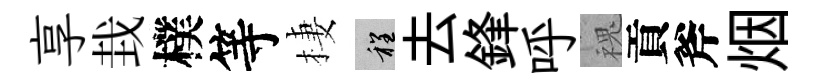
享㘽樸等棲程去鋒呼槐貢斧烟